Indian journal of veterinary science and animal husbandry - Volume 1,
Year: 1931
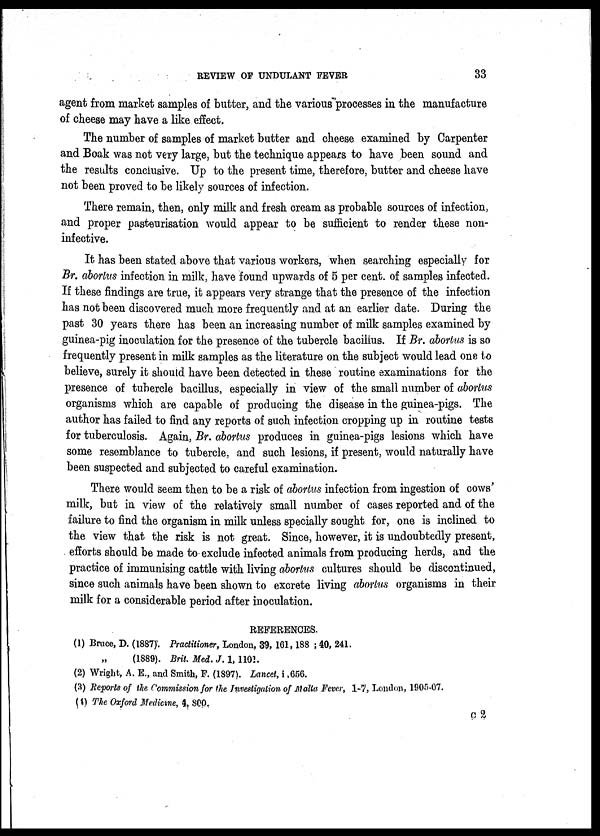
REVIEW OF UNDULANT FEVER 33
agent from market samples of butter, and the various processes in the manufacture
of cheese may have a like effect.
The number of samples of market butter and cheese examined by Carpenter
and Boak was not very large, but the technique appears to have been sound and
the results conclusive. Up to the present time, therefore, butter and cheese have
not been proved to be likely sources of infection.
There remain, then, only milk and fresh cream as probable sources of infection,
and proper pasteurisation would appear to be sufficient to render these non-
infective.
It has been stated above that various workers, when searching especially for
Br. abortus infection in milk, have found upwards of 5 per cent. of samples infected.
If these findings are true, it appears very strange that the presence of the infection
has not been discovered much more frequently and at an earlier date. During the
past 30 years there has been an increasing number of milk samples examined by
guinea-pig inoculation for the presence of the tubercle bacillus. If Br. abortus is so
frequently present in milk samples as the literature on the subject would lead one to
believe, surely it should have been detected in these routine examinations for the
presence of tubercle bacillus, especially in view of the small number of abortus
organisms which are capable of producing the disease in the guinea-pigs. The
author has failed to find any reports of such infection cropping up in routine tests
for tuberculosis. Again, Br. abortus produces in guinea-pigs lesions which have
some resemblance to tubercle, and such lesions, if present, would naturally have
been suspected and subjected to careful examination.
There would seem then to be a risk of abortus infection from ingestion of cows'
milk, but in view of the relatively small number of cases reported and of the
failure to find the organism in milk unless specially sought for, one is inclined to
the view that the risk is not great. Since, however, it is undoubtedly present,
efforts should be made to exclude infected animals from producing herds, and the
practice of immunising cattle with living abortus cultures should be discontinued,
since such animals have been shown to excrete living abortus organisms in their
milk for a considerable period after inoculation.
REFERENCES.
(1) Bruce, D. (1887). Practitioner, London, 39, 161, 188 ; 40, 241.
„ (1889). Brit. Med. J. 1, 1101.
(2) Wright, A. E., and Smith, F. (1897). Lancet, 1 ,656.
(3) Reports of the Commission for the Investigation of Malta Fever, 1-7, London, 1905-07.
(4) The Oxford Medicine, 4,800.
C 2